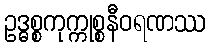
ဥဒ္ဓစ္စကုက္ကုစ္စနီဝရဏဿ